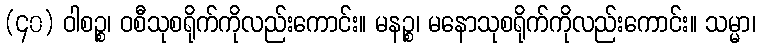
(၄၀) ဝါစဉ္စ၊ ဝစီသုစရိုက်ကိုလည်းကောင်း။ မနဉ္စ၊ မနောသုစရိုက်ကိုလည်းကောင်း။ သမ္မာ၊